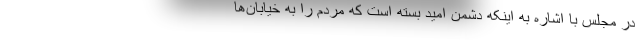
در مجلس با اشاره به اینکه دشمن امید بسته است که مردم را به خیابان‌ها